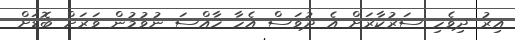
އިރު ދިވެހި ސަރުކާރަށް އެ ދުވަސް އެހާ ޚާއްސަ ނުވުމުން ވަރަށް ބޮޑަށް